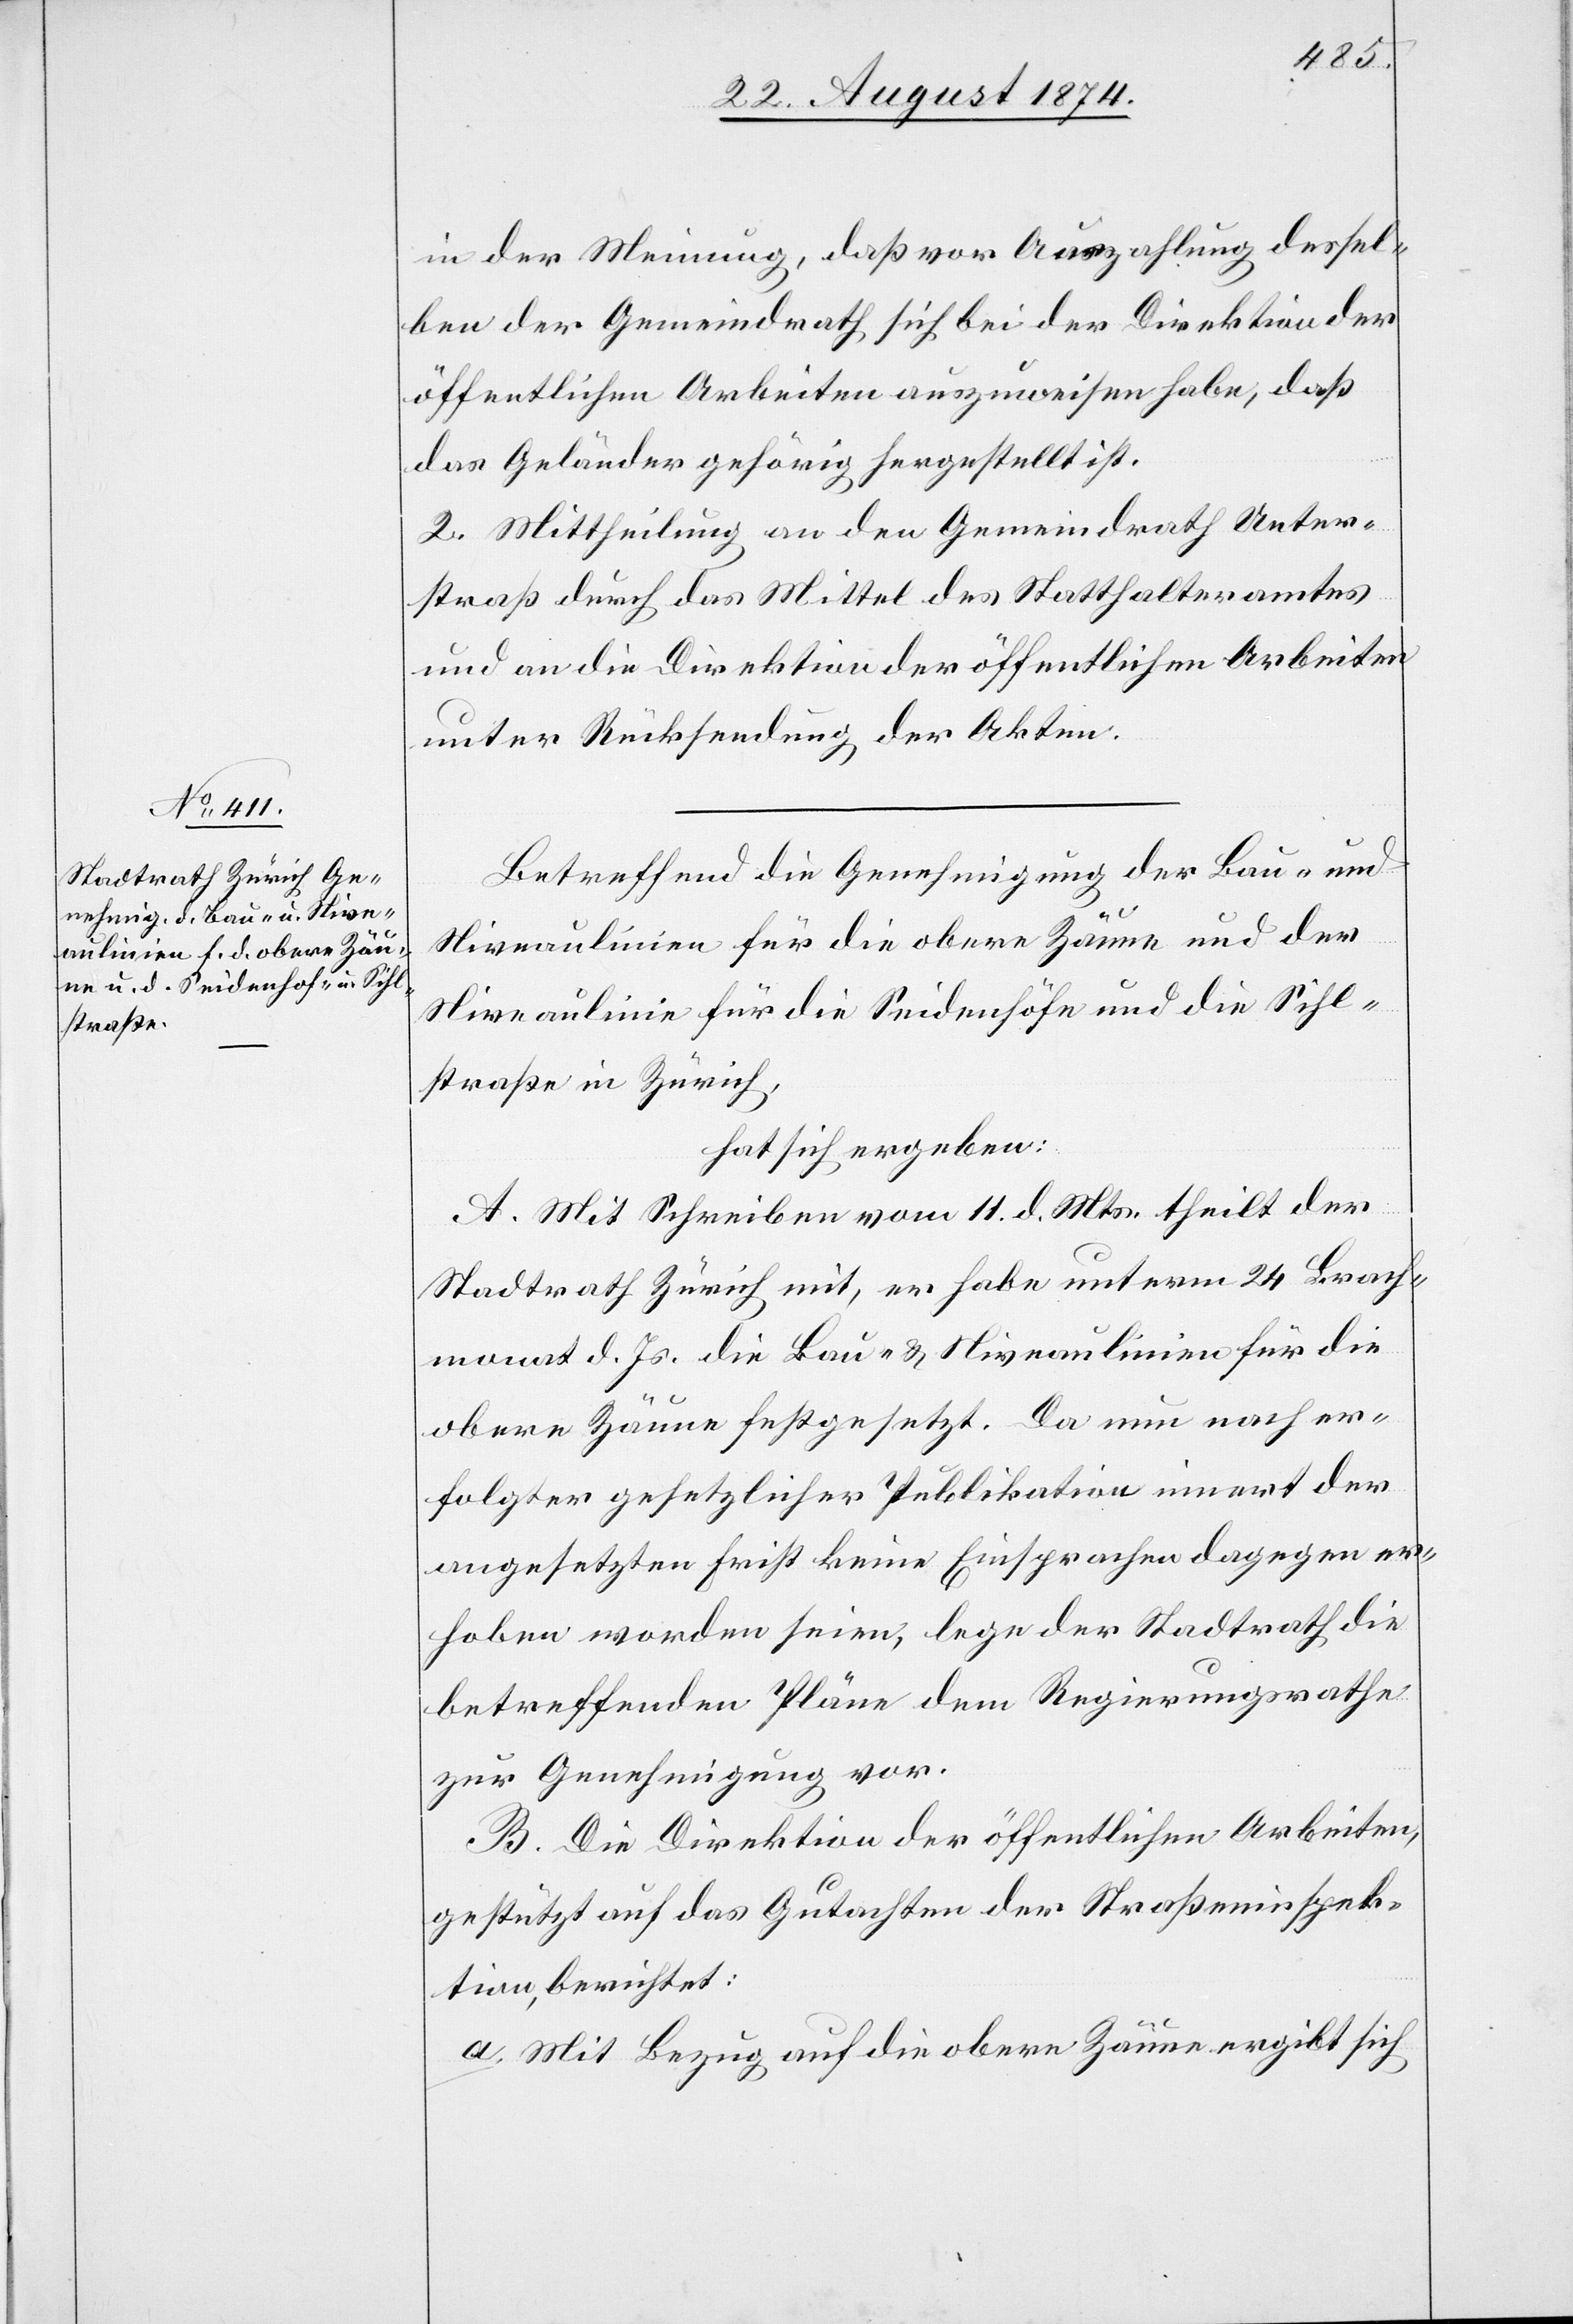
in der Meinung, daß vor Auszahlung dessel¬
ben der Gemeindrath sich bei der Direktion der
öffentlichen Arbeiten auszuweisen habe, daß
das Geländer gehörig hergestellt ist.
2. Mittheilung an den Gemeindrath Unter¬
straß durch das Mittel des Statthalteramtes
und an die Direktion der öffentlichen Arbeiten
unter Rücksendung der Akten.
Betreffend die Genehmigung der Bau- und
Niveaulinie für die Seidenhöfe und die Sihl¬
straße in Zürich,
hat sich ergeben:
A. Mit Schreiben vom 11. d. Mts. theilt der
Stadtrath Zürich mit, er habe unterm 24. Brach¬
monat d. Js. die Bau- u. Niveaulinien für die
obere Zäune festgesetzt. Da nun nach er¬
folgter gesetzlicher Publikation innert der
angesetzten Frist keine Einsprachen dagegen er¬
hoben worden seien, lege der Stadtrath die
betreffenden Pläne dem Regierungsrathe
zur Genehmigung vor.
B. Die Direktion der öffentlichen Arbeiten,
gestützt auf das Gutachten der Straßeninspek¬
tion, berichtet:
a. Mit Bezug auf die obere Zäune ergibt sich